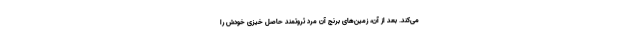
می‌کند. بعد از آن، زمین‌های برنج آن مرد ثروتمند حاصل خیزی خودش را